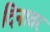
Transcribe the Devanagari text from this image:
दिनावर